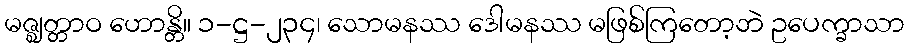
မဇ္ဈတ္တာဝ ဟောန္တိ။ ၁-ဋ္ဌ-၂၃၄၊ သောမနဿ ဒေါမနဿ မဖြစ်ကြတော့ဘဲ ဥပေက္ခာသာ